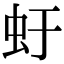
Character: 虶